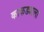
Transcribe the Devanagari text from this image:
काकड्याला